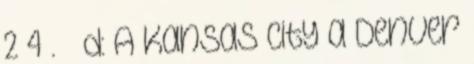
2–4 . ↑ d: A Kansas City a Denver